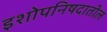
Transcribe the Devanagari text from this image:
इशोपनिषदातील